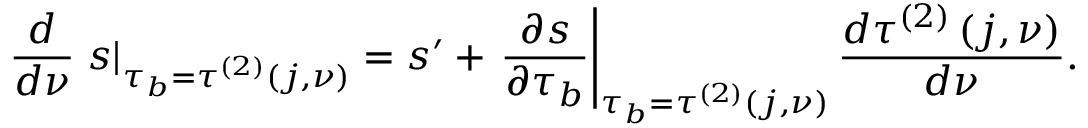
\frac { d } { d \nu } \left. s \right\vert _ { \tau _ { b } = \tau ^ { \left( 2 \right) } \left( j , \nu \right) } = s ^ { \prime } + \left. \frac { \partial s } { \partial \tau _ { b } } \right\vert _ { \tau _ { b } = \tau ^ { \left( 2 \right) } \left( j , \nu \right) } \frac { d \tau ^ { \left( 2 \right) } \left( j , \nu \right) } { d \nu } .